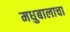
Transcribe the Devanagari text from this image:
मधुबालाचा